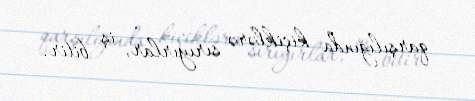
qarşılığında kiçiklərə sırıyırlar, iş bitir.